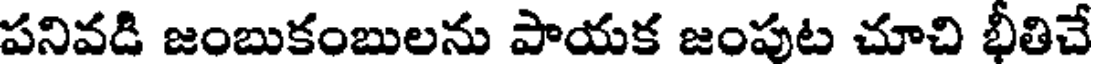
పనివడి జంబుకంబులను పాయక జంపుట చూచి భీతిచే